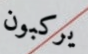
يركبون